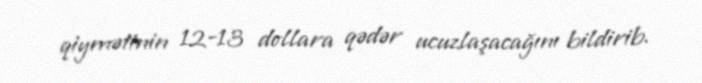
qiymətinin 12-13 dollara qədər ucuzlaşacağını bildirib.